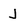
Character: J